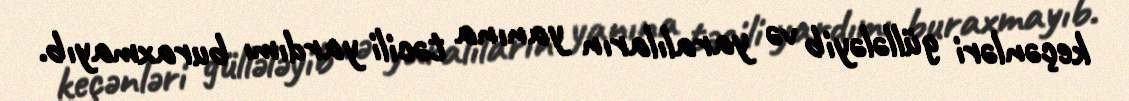
keçənləri güllələyib və yaralıların yanına təcili yardımı buraxmayıb.